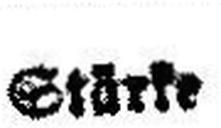
Stärke